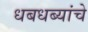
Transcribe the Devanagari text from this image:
धबधब्यांचे